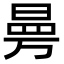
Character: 㬅